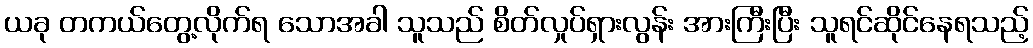
ယခု တကယ်တွေ့လိုက်ရ သောအခါ သူသည် စိတ်လှုပ်ရှားလွန်း အားကြီးပြီး သူရင်ဆိုင်နေရသည့်